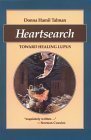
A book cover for Heartsearch: Toward Healing Lupus; Donna Talman; Health, Fitness & Dieting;